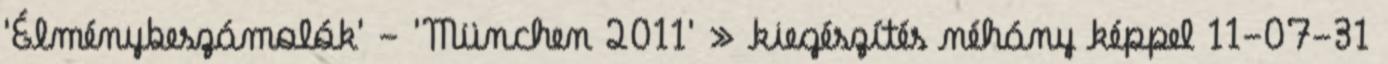
'Élménybeszámolók' - 'München 2011' » kiegészítés néhány képpel 11-07-31